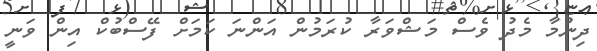
ދިނުމާ މެދު ވެސް މަޝްވަރާ ކުރަމުން އަންނަ ކަމަށް ފޭސްބުކް އިން ވަނީ